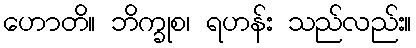
ဟောတိ။ ဘိက္ခုစ၊ ရဟန်း သည်လည်း။